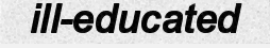
ill-educated